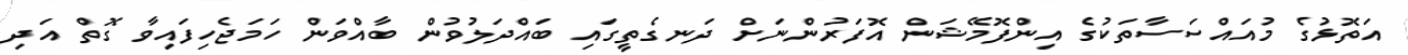
އަތޮޅުގެ މުއައްސަސާތަކުގެ އިންފޮމޭޝަން އޮފަރުންނަށް ދަނގެތީގައި ބައްދަލުވުން ބާއްވަން ހަމަޖެހިފައިވާ ގޮތް އަދި